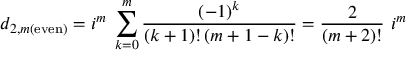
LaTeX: d _ { 2 , m ( \mathrm { e v e n } ) } = i ^ { m } \; \sum _ { k = 0 } ^ { m } { \frac { ( - 1 ) ^ { k } } { ( k + 1 ) ! \, ( m + 1 - k ) ! } } = { \frac { 2 } { ( m + 2 ) ! } } ~ i ^ { m }